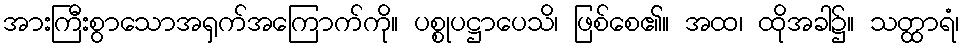
အားကြီးစွာသောအရှက်အကြောက်ကို။ ပစ္စုပဋ္ဌာပေသိ၊ ဖြစ်စေ၏။ အထ၊ ထိုအခါ၌။ သတ္ထာရံ၊